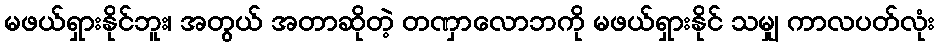
မဖယ်ရှားနိုင်ဘူး၊ အတွယ် အတာဆိုတဲ့ တဏှာလောဘကို မဖယ်ရှားနိုင် သမျှ ကာလပတ်လုံး